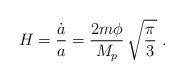
LaTeX: \begin{align*}H ={\dot a \over a} ={2m\phi\over M_p}\, \sqrt { \pi \over 3} \ .\end{align*}